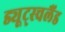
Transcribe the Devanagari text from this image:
ड्यूट्स्चलैंड